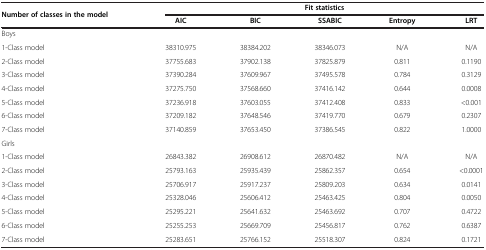
<table><thead><tr><td rowspan="2"><b>Number of classes in the model</b></td><td colspan="5"><b>Fit statistics</b></td></tr><tr><td><b>AIC</b></td><td><b>BIC</b></td><td><b>SSABIC</b></td><td><b>Entropy</b></td><td><b>LRT</b></td></tr></thead><tbody><tr><td>Boys</td><td colspan="5"> </td></tr><tr><td>1-Class model</td><td>38310.975</td><td>38384.202</td><td>38346.073</td><td>N/A</td><td>N/A</td></tr><tr><td>2-Class model</td><td>37755.683</td><td>37902.138</td><td>37825.879</td><td>0.811</td><td>0.1190</td></tr><tr><td>3-Class model</td><td>37390.284</td><td>37609.967</td><td>37495.578</td><td>0.784</td><td>0.3129</td></tr><tr><td>4-Class model</td><td>37275.750</td><td>37568.660</td><td>37416.142</td><td>0.644</td><td>0.0008</td></tr><tr><td>5-Class model</td><td>37236.918</td><td>37603.055</td><td>37412.408</td><td>0.833</td><td>&lt;0.001</td></tr><tr><td>6-Class model</td><td>37209.182</td><td>37648.546</td><td>37419.770</td><td>0.679</td><td>0.2307</td></tr><tr><td>7-Class model</td><td>37140.859</td><td>37653.450</td><td>37386.545</td><td>0.822</td><td>1.0000</td></tr><tr><td>Girls</td><td colspan="5"> </td></tr><tr><td>1-Class model</td><td>26843.382</td><td>26908.612</td><td>26870.482</td><td>N/A</td><td>N/A</td></tr><tr><td>2-Class model</td><td>25793.163</td><td>25935.439</td><td>25862.357</td><td>0.654</td><td>&lt;0.0001</td></tr><tr><td>3-Class model</td><td>25706.917</td><td>25917.237</td><td>25809.203</td><td>0.634</td><td>0.0141</td></tr><tr><td>4-Class model</td><td>25328.046</td><td>25606.412</td><td>25463.425</td><td>0.804</td><td>0.0050</td></tr><tr><td>5-Class model</td><td>25295.221</td><td>25641.632</td><td>25463.692</td><td>0.707</td><td>0.4722</td></tr><tr><td>6-Class model</td><td>25255.253</td><td>25669.709</td><td>25456.817</td><td>0.762</td><td>0.6387</td></tr><tr><td>7-Class model</td><td>25283.651</td><td>25766.152</td><td>25518.307</td><td>0.824</td><td>0.1721</td></tr></tbody></table>